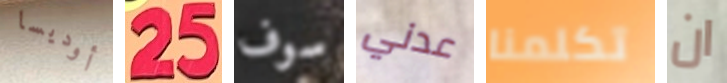
أوديسا 25 سوف عدني تكلمنا ان